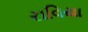
રાવિયા